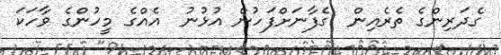
ގެދަރިންގެ ތެރެއިން  ގެފާނަށްފަހުން އުޅުނު  އެއްގެ މީހުންގެ ވާހަކަ